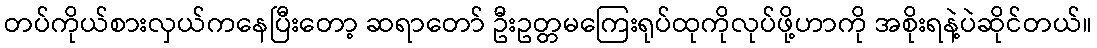
တပ်ကိုယ်စားလှယ်ကနေပြီးတော့ ဆရာတော် ဦးဥတ္တမကြေးရုပ်ထုကိုလုပ်ဖို့ဟာကို အစိုးရနဲ့ပဲဆိုင်တယ်။